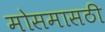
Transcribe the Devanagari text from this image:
मोसमासठी